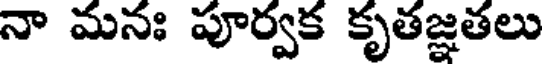
నా మనః పూర్వక కృతజ్ఞతలు